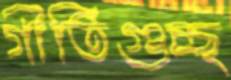
গীতিগুচ্ছ